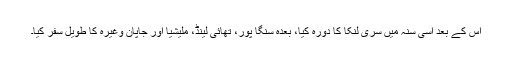
اس کے بعد اسی سنہ میں سری لنکا کا دورہ کیا، بعدہ سنگا پور، تھائی لینڈ، ملیشیا اور جاپان وغیرہ کا طویل سفر کیا۔